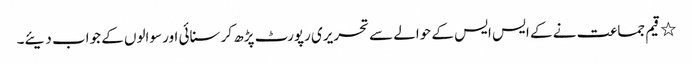
٭	قیم جماعت نے کے ایس ایس کے حوالے سے تحریری رپورٹ پڑھ کر سنائی اور سوالوں کے جواب دیئے۔